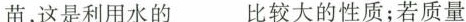
苗，这是利用水的___比较大的性质；若质量